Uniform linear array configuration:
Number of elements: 24
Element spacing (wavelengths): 0.75
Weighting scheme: uniform
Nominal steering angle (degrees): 0
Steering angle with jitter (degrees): -0.9775
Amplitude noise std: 0.05
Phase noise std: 0.05

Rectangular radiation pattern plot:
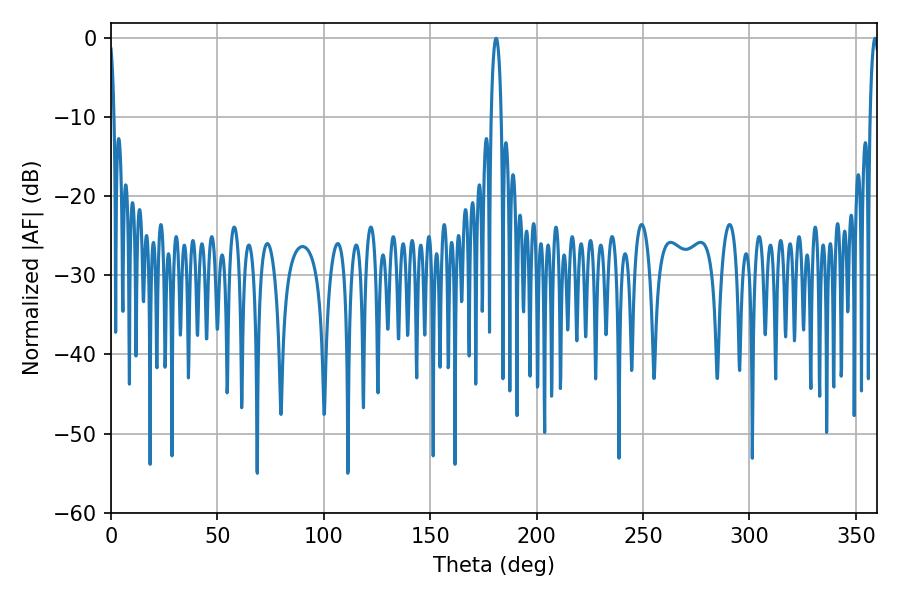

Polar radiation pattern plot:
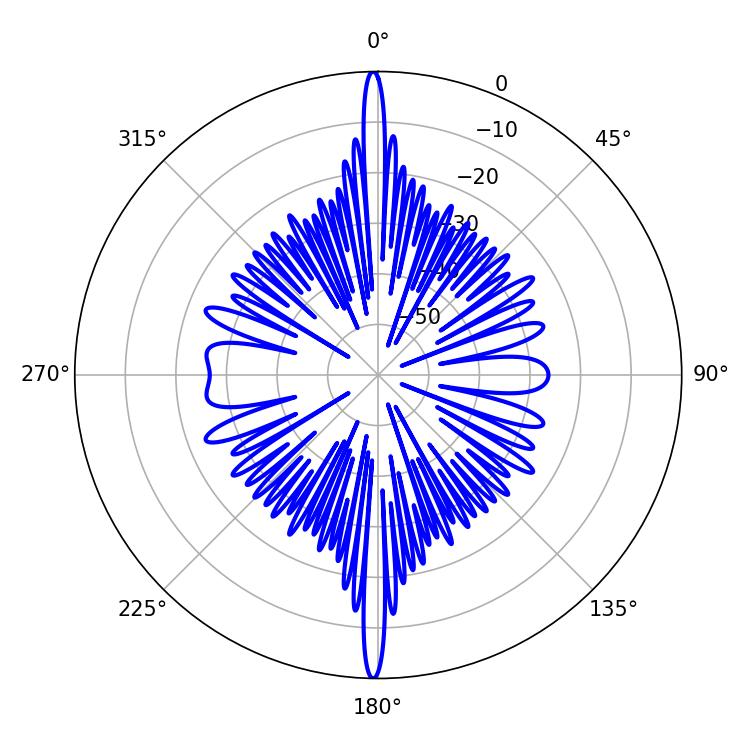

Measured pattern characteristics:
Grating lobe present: TRUE
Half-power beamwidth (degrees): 2.7
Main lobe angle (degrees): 180.9